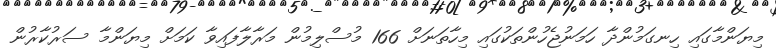
މިޔަންމާގައި ހިނގަމުންދާ ހަމަނުޖެހުންތަކުގައި މިހާތަނަށް 166 މުސްލިމުން މަރާލާފައިވާ ކަމަށް މިޔަންމާ ސަރުކާރުން